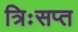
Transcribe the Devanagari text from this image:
त्रिःसप्त